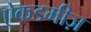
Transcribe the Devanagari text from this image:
ऐकडमीज़